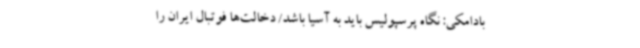
بادامکی: نگاه پرسپولیس باید به آسیا باشد/ دخالت‌ها فوتبال ایران را